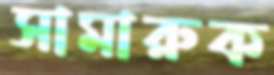
সামারুক